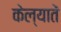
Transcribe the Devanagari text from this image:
केल्यातें